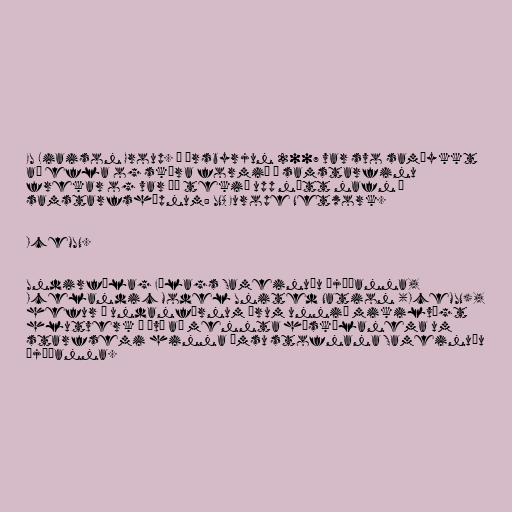
EU Liaison Group. Í ársbyrjun 2007 var svo samþykkt
að efla og skýra formið á samstarfinu
frekar og var þá tekið upp nýtt nafn á
samstarfshópnum: UNA Europe Network.

IceMUN.

Undirfélag Félags Sameinuðu þjóðanna,
Icelandic Model United Nation (IceMUN),
hefur á undanförnum árum unnið mikilvægt
hlutverk í því að mennta háskólanema um
starfsemi hinna ýmsu stofnana Sameinuðu
þjóðanna.